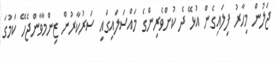
ޖަލުން މިހާރު ފިލައިގެން އުޅޭ ދެ ކުށްވެރިންގެ މައްސަލައިގައި ސަރުކާރުން ޒިންމާވާންޖެހޭ ކަމުގަ